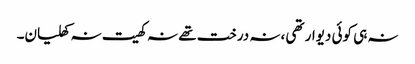
نہ ہی کوئی دیوار تھی ،نہ درخت تھے نہ کھیت نہ کھلیان۔